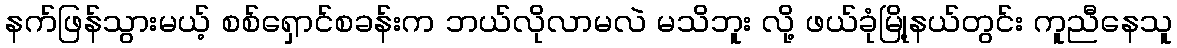
နက်ဖြန်သွားမယ့် စစ်ရှောင်စခန်းက ဘယ်လိုလာမလဲ မသိဘူး လို့ ဖယ်ခုံမြို့နယ်တွင်း ကူညီနေသူ